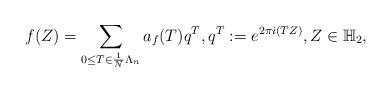
LaTeX: \begin{align*}f(Z)=\sum_{0\le T\in \frac{1}{N}\Lambda _n}a_f(T)q^T,q^T:=e^{2\pi i(TZ)},Z\in\mathbb{H}_2,\end{align*}